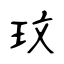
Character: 玟